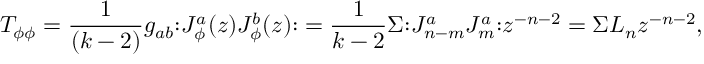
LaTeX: T _ { \phi \phi } = \frac { 1 } { ( k - 2 ) } g _ { a b } { \large : } J _ { \phi } ^ { a } ( z ) J _ { \phi } ^ { b } ( z ) { \large : } = \frac { 1 } { k - 2 } \Sigma { \large : } J _ { n - m } ^ { a } J _ { m } ^ { a } { \large : } z ^ { - n - 2 } = \Sigma L _ { n } z ^ { - n - 2 } ,